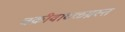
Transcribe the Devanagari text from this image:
चक्रीवादळग्रस्त